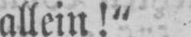
allein!“